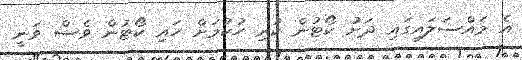
އެ މައްސަލައިގައި ދަށު ކޯޓުން ކުރި ހުކުމަށް ހައި ކޯޓުން ވެސް ވަނީ